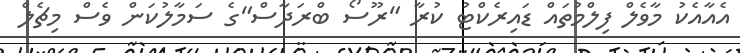
އެއާއެކު މާވެލް ފިލްމުތައް ޑައިރެކްޓު ކުރާ "ރޫސޯ ބްރަދާސް"ގެ ސަމާލުކަން ވެސް މިޗެލް